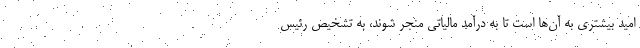
امید بیشتری به آن‌ها است تا به درآمد مالیاتی منجر شوند، به تشخیص رئیس